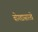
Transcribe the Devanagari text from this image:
बोगद्यासारखे